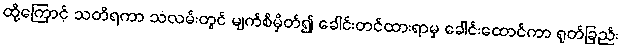
ထို့ကြောင့် သတိရကာ သံလမ်းတွင် မျက်စိမှိတ်၍ ခေါင်းတင်ထားရာမှ ခေါင်းထောင်ကာ ရုတ်ခြည်း